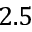
2 . 5